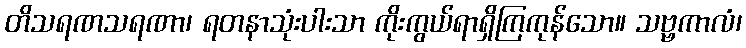
တိသရဏသရဏာ၊ ရတနာသုံးပါးသာ ကိုးကွယ်ရာရှိကြကုန်သော။ သဗ္ဗကာလံ၊